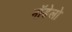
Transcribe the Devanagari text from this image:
मॉडेलो